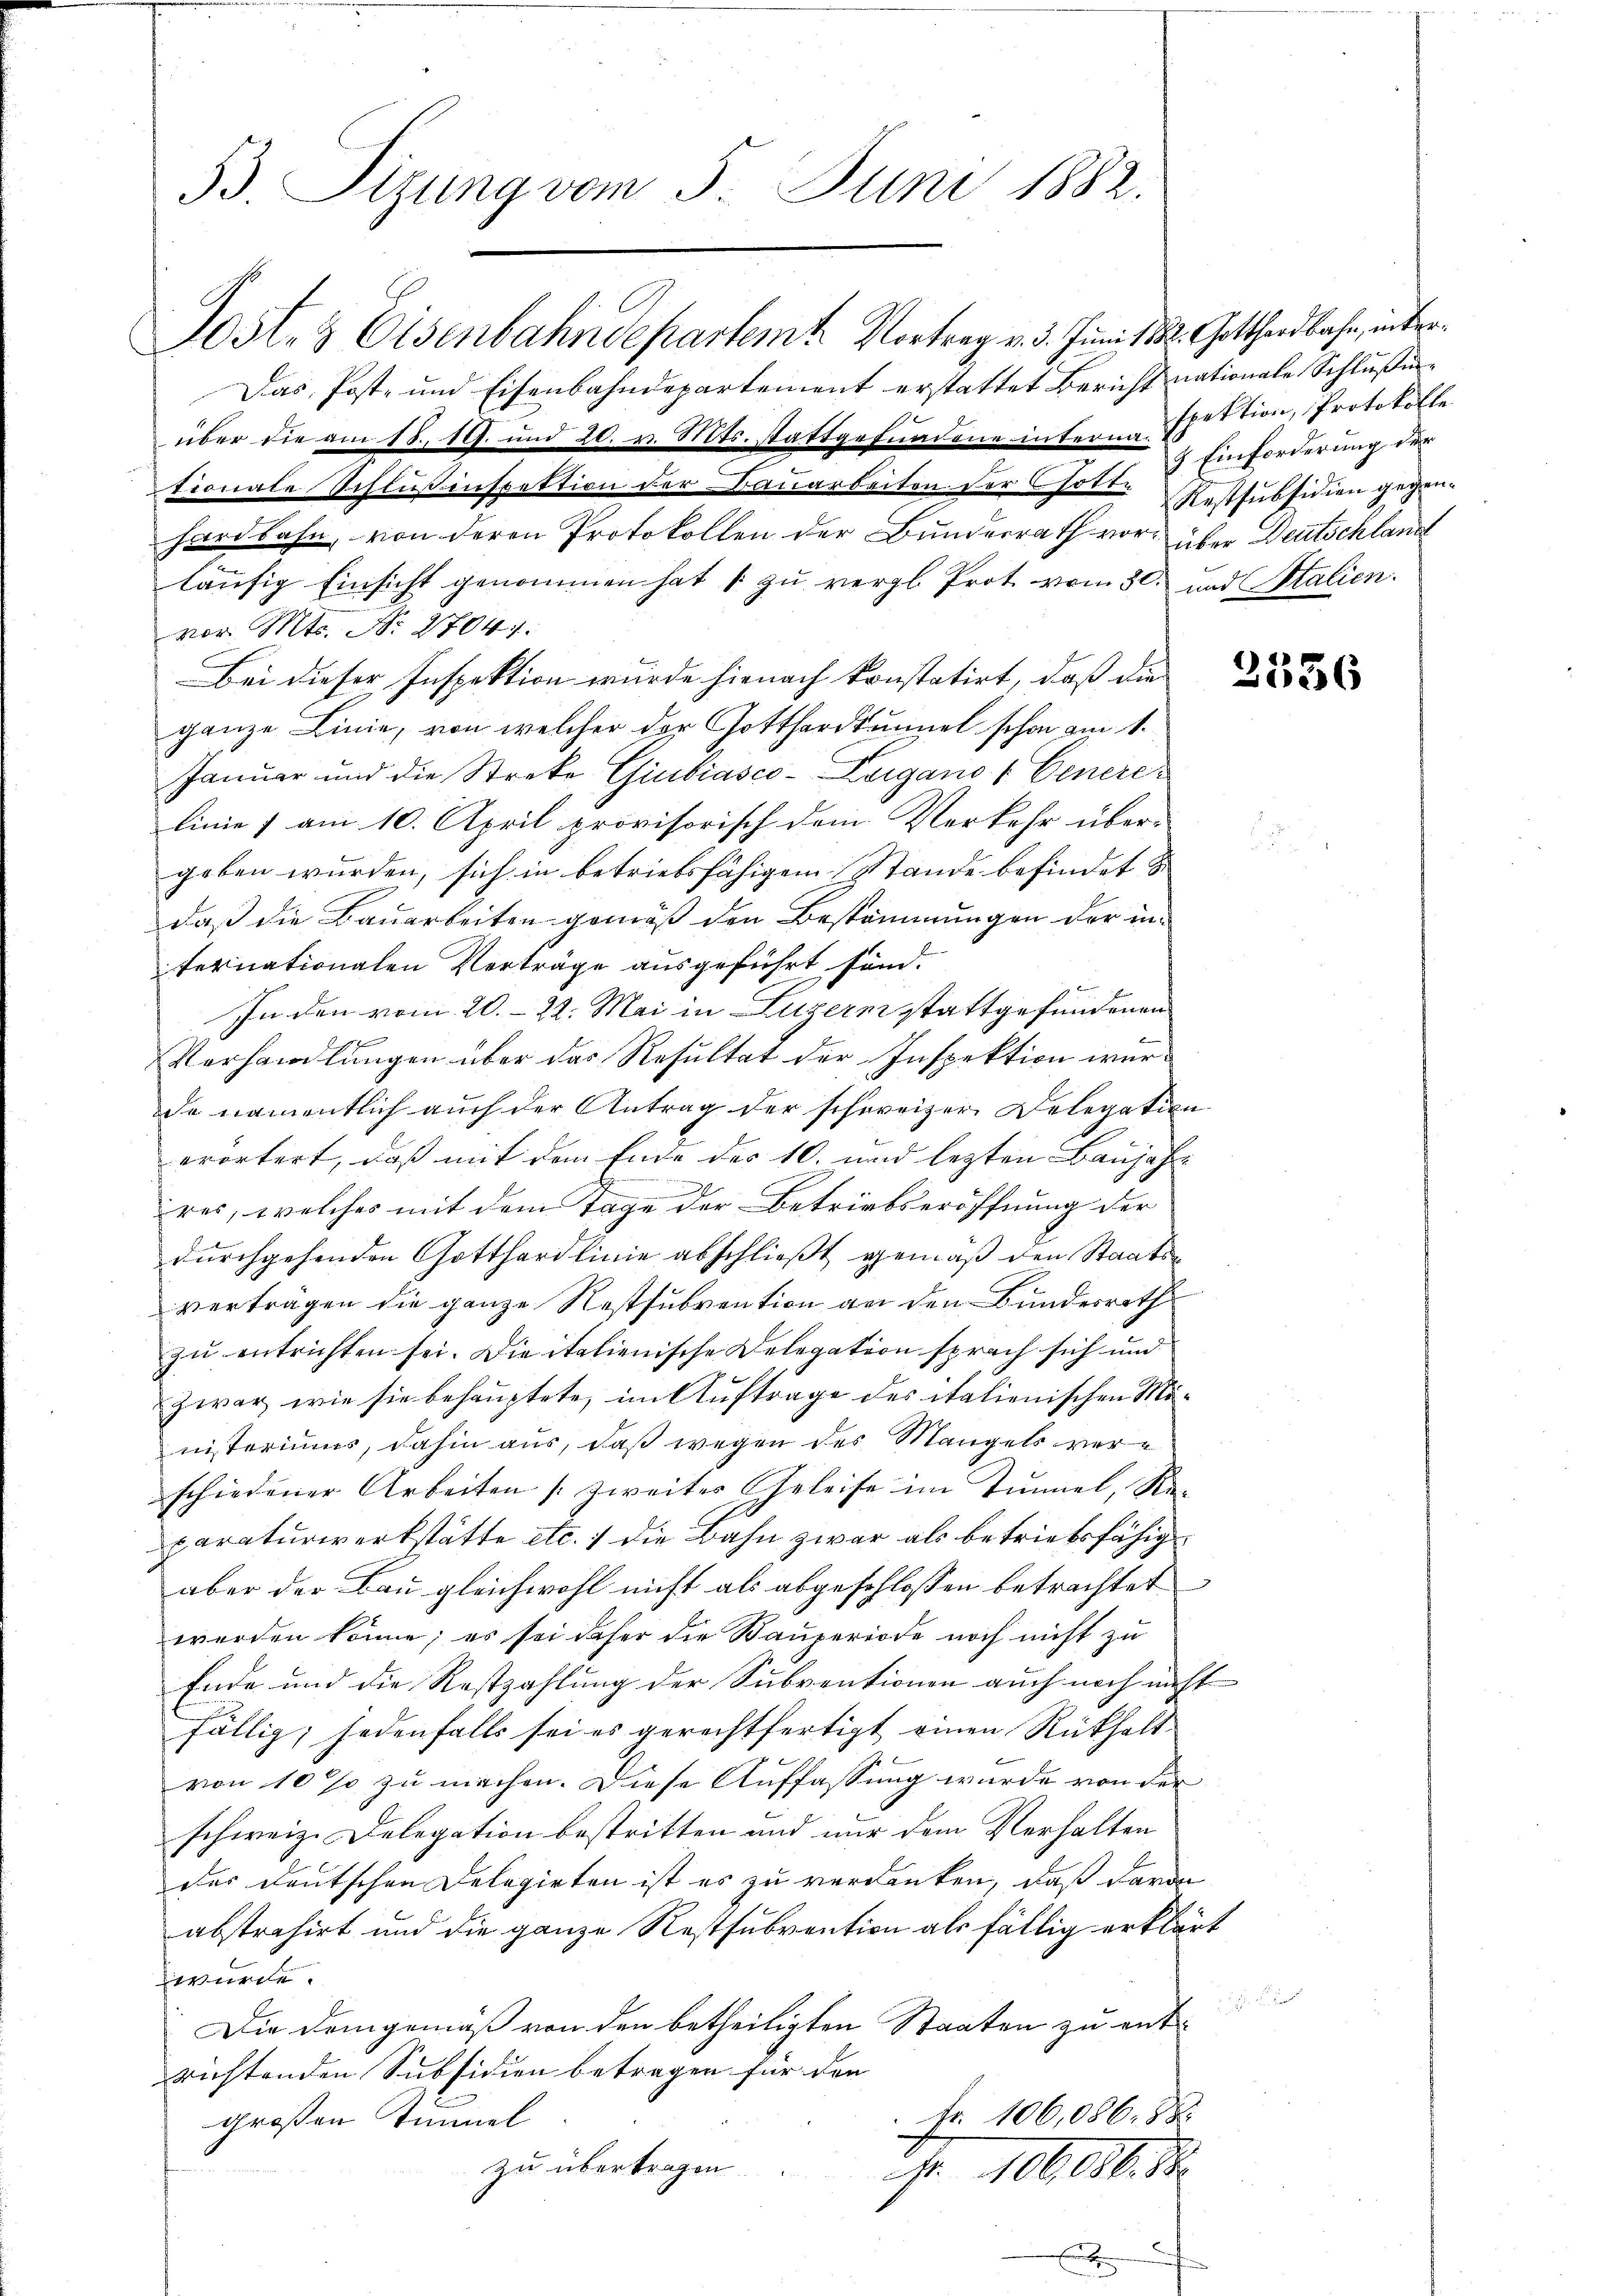
53. Sizung vom 5. Juni 1882.

Jost- & Eisenbahndepartemt Vortrag v. 3. Juni 188. Gotthardbahn, inter¬
Das Post- und Eisenbahndepartement erstattet Bericht nationale Schlußentionale Schlußinspektion der Bauarbeiten ser holte Restsubsidien gegenhardbahn, von deren Protokollen der Bunderrath vor, über Deutschland
läufig Einsicht genommen hat [ zu vergl. Prot. vom 30. und Stalien.
vor. Mts. N. 27041.
Bei dieser Inspektion wurde hienach konstatirt, daß die
ganze Linie, von welcher der Gotthardtumel schon am 1.
Januar und die Streke Giubiasco-Leigano 1. Generelinie) am 10. April provisorisch dem Verkehr über-
geben wurden, sich in betriebsfähigem Stande befindet &
daß die Bauarbeiten gemäß den Bestimmungen der in
terinationalen Verträge ausgeführt sind.
In den vom 20. 22. Mai in Luzern stattgefundenen

Vorhandlungen über das Resultat der Inspektion werde namentlich auch der Antrag der schweizer Delegation
erörtert, daß mit dem Ende des 10. und lezten Baujahr
res, welches mit dem Tage der Betriebseröffnung der
durchgehenden Gotthardlinie abschließt gemäß den Staatsverträgen die ganze Restsubvention an den Bundesrath
zu entrichten sei. Die italienische Delegation sprach sich und
zwar wie sie behauptete, im Auftrage des italienischen Ministeriums, dahin aus, daß wegen des Mangels verschiedener Arbeiten (zweiter Geleise im Tunnel, Re-
paraturwerkstätte etc. 7 die Bahn zwar als betriebsfähig
aber der Bau gleichwohl nicht als abgeschlossen betrachtet
werden könne; es sei daher die Bauperiode noch nicht zu
Ende und die Rostzahlung der Subventionen auch noch nicht
fällig; jedenfalls sei es gerechtfertigt einen Rückhaltvon 10 so zu machen. Diese Auffassung wurde von der
schweiz. Delegation bestritten und nur dem Verhalten
das Deutschen Delegirten ist es zu verdanken, daß daran
abstrahirt und die ganze Restsubvention als fällig erklärt
würde.

Die Demgemäß von den betheiligten Staaten zu entrichtenden Subsidien betragen für den
fr. 106,086. 88
großen Tunnel
zu übertragen
fr. 10606. 84
x

über die am 18. 19. und 20. v. Mts. stattgefundene interm spektion, Protokoll

5 Einforderung der